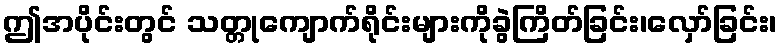
ဤအပိုင်းတွင် သတ္တုကျောက်ရိုင်းများကိုခွဲကြိတ်ခြင်း၊လှော်ခြင်း၊